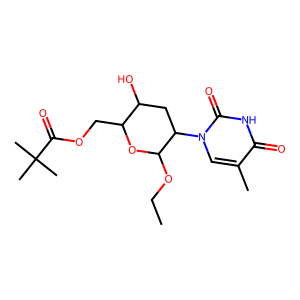
SMILES: CCOC1OC(COC(=O)C(C)(C)C)C(O)CC1n1cc(C)c(=O)[nH]c1=O
Inhibits HIV replication: No